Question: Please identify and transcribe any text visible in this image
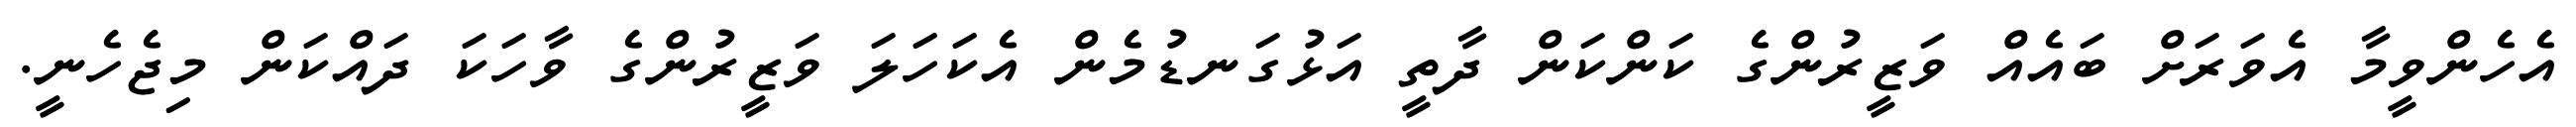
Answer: އެހެންވީމާ އެވަރަށް ބައެއް ވަޒީރުންގެ ކަންކަން ދާތީ އަޅުގަނޑުމެން އެކަހަލަ ވަޒީރުންގެ ވާހަކަ ދައްކަން މިޖެހެނީ.